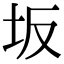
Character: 坂